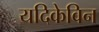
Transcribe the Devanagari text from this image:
यदिकेविन